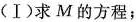
(Ⅰ)求M的方程；